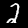
Digit: 2